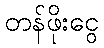
တန်ဖိုးငွေ